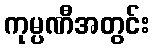
ကုမ္ပဏီအတွင်း